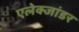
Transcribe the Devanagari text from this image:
एलेक्जांडर